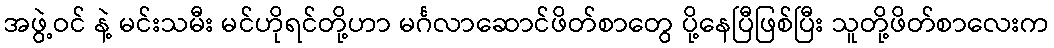
အဖွဲ့ဝင် နဲ့ မင်းသမီး မင်ဟိုရင်တို့ဟာ မင်္ဂလာဆောင်ဖိတ်စာတွေ ပို့နေပြီဖြစ်ပြီး သူတို့ဖိတ်စာလေးက